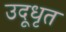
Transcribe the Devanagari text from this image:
उदूधृत